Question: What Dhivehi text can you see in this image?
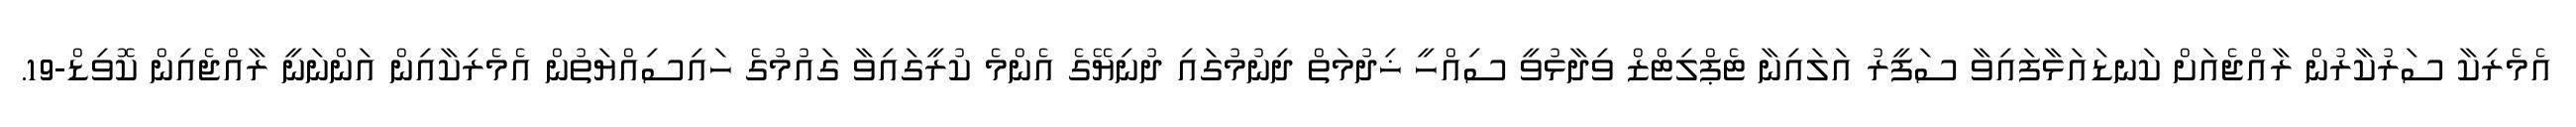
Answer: އެމެރިކާ ސަރުކާރުން ރާއްޖެއަށް ކަނޑައަޅާފައިވާ ސަފީރު އަލައިނާ ޓެޕްލިޓްޒް ވިދާޅުވީ ސިއްހީ ޚިދުމަތް ދިނުމުގައި ދުނިޔޭގެ އެންމެ ކުރީގައިވާ ގައުމުގެ ހައިސިއްޔަތުން އެމެރިކާއިން އަންނަނީ ރާއްޖެއިން ކޮވިޑް-19.